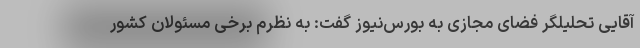
آقایی تحلیلگر فضای مجازی به بورس‌نیوز گفت: به نظرم برخی مسئولان کشور